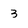
Character: 3